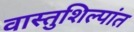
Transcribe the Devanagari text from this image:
वास्तुशिल्पांत